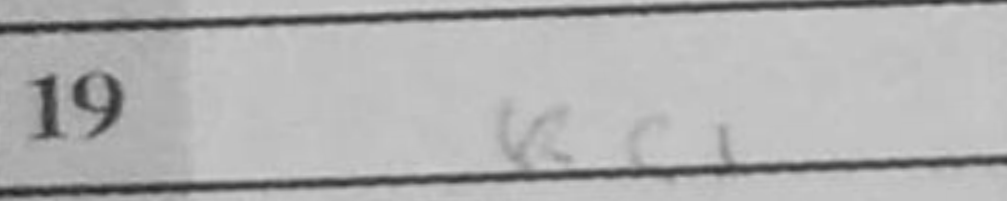
Transcription: Rc1